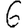
Digit: 6